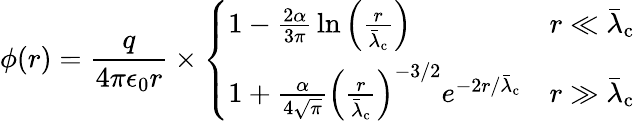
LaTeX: \phi(r)={\frac{q}{4\pi\epsilon_{0}r}}\times{\left\{ \begin{array}{ll}{1-{\frac{2\alpha}{3\pi}}\ln\left({\frac{r}{{\bar{\lambda}}_{\mathrm{c}}}}\right)}&{r\ll{\bar{\lambda}}_{\mathrm{c}}}\\ {1+{\frac{\alpha}{4{\sqrt{\pi}}}}\left({\frac{r}{{\bar{\lambda}}_{\mathrm{c}}}}\right)^{-3/2}e^{-2r/{\bar{\lambda}}_{\mathrm{c}}}}&{r\gg{\bar{\lambda}}_{\mathrm{c}}}\end{array}\right.}